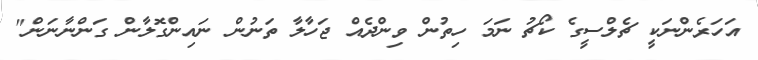
އަހަރެންނަކީ ޗެލްސީގެ ކޯޗު ނަމަ ހިތުން ވިންދެއް ޖަހާލާ ތަނުން ނައިންގޮލާން ގަންނާނަން"